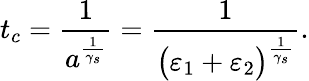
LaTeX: t_{c}=\frac{1}{a^{\frac{1}{\gamma_{s}}}}=\frac{1}{\big(\varepsilon_{1}+\varepsilon_{2}\big)^{\frac{1}{\gamma_{s}}}}.